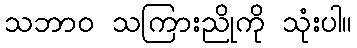
သဘာဝ သကြားညိုကို သုံးပါ။